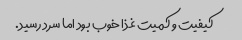
کیفیت و کمیت غذا خوب بود اما سرد رسید.